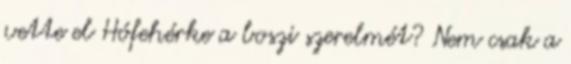
vette el Hófehérke a boszi szerelmét? Nem csak a